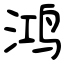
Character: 鸿